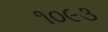
૧૦૯૩